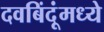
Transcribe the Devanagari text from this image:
दवबिंदूंमध्ये